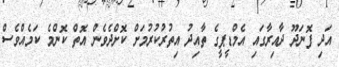
އަދި ފޮނަދޫ ދާއިރާގައި އެމްޑީޕީގެ ތާއިދު އިތުރުކުރުމަށް ކޮށްދެވެން އޮތް ކޮންމެ ކަމެއްވެސް